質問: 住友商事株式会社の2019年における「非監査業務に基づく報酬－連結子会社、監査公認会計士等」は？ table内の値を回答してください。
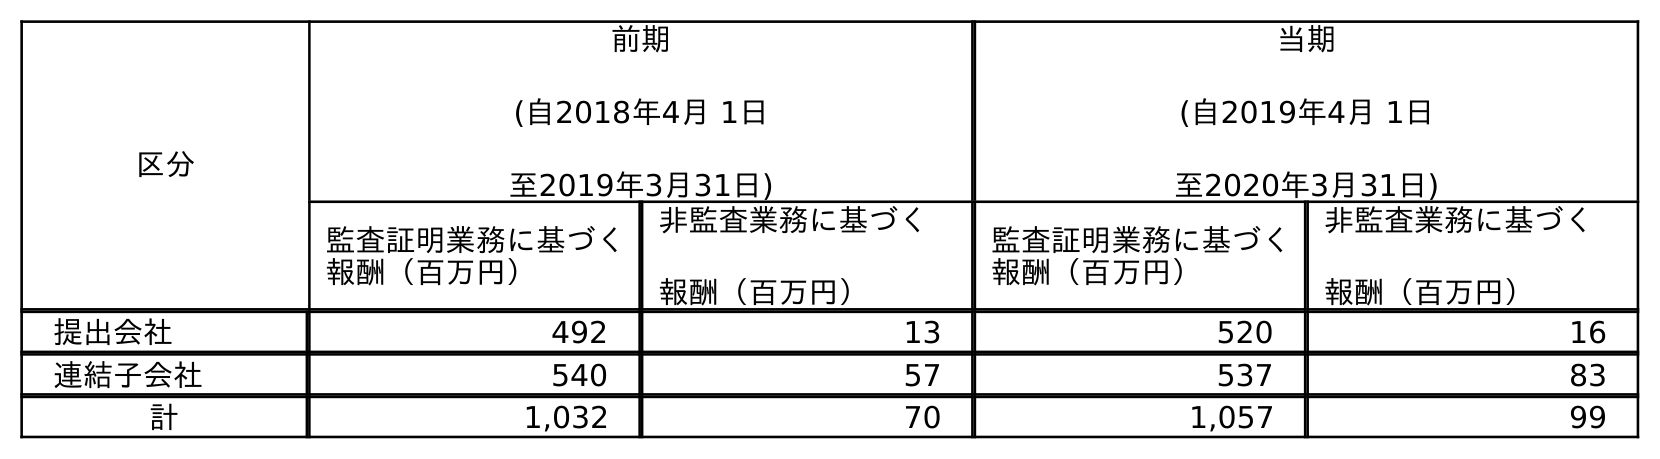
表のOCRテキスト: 区分 前期 (自2018年4月 1日 至2019年3月31日) 当期 (自2019年4月 1日 至2020年3月31日) 監査証明業務に基づく 報酬（百万円） 非監査業務に基づく 報酬（百万円） 監査証明業務に基づく 報酬（百万円） 非監査業務に基づく 報酬（百万円） 提出会社 492 13 520 16 連結子会社 540 57 537 83 計 1,032 70 1,057 99
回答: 57